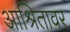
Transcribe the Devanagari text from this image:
आश्रितावर